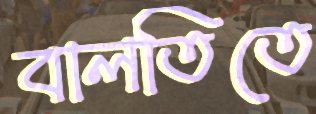
বালতিতে